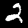
Digit: 2